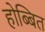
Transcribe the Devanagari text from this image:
होब्बित